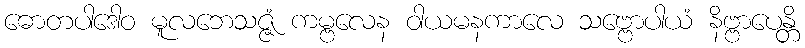
ဓောတပါဒေါဝ မူလဘေသဇ္ဇံ ကမ္ဗလေန ဝါယမနကာလေ သဗ္ဗောပါယံ နိဗ္ဗာပေန္တိ